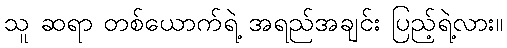
သူ ဆရာ တစ်ယောက်ရဲ့ အရည်အချင်း ပြည့်ရဲ့လား။